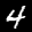
Label: 4